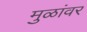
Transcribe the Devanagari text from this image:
मुळांवर